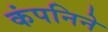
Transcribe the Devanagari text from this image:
कंपनिने